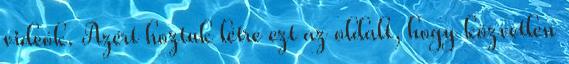
videók. Azért hoztuk létre ezt az oldalt, hogy közvetlen